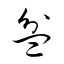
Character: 盆